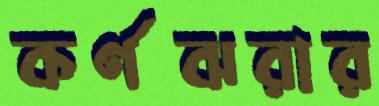
কর্ণঝরার